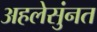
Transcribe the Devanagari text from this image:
अहलेसुंनत